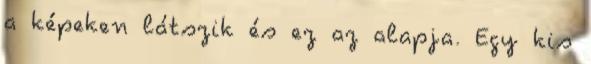
a képeken látszik és ez az alapja. Egy kis